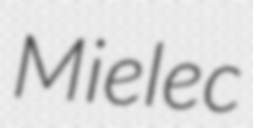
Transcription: Mielec